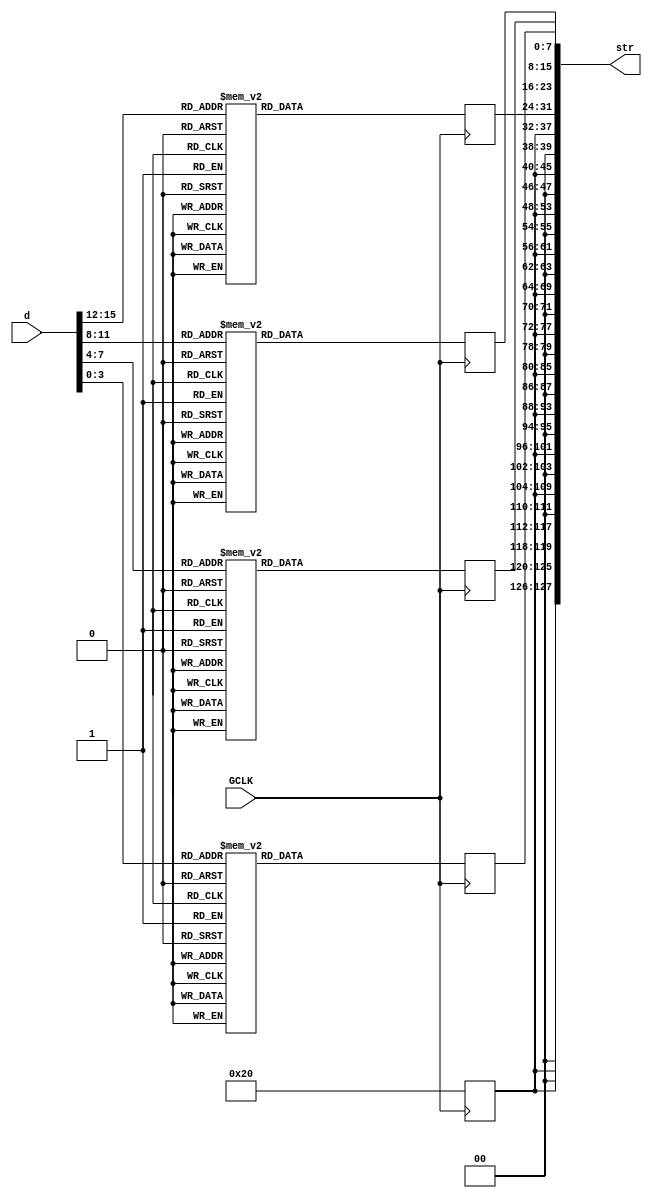
module D2STR_D#
    (
    parameter integer len = 4 
    )
    (
        input wire GCLK,
        output reg [127:0] str = "????????????????",
        input wire [4*len-1:0] d
    );
    genvar i;
    generate
    for (i = 0; i < len; i = i + 1) begin: test
        always @(posedge GCLK) begin
            case (d[4*i+3:4*i])
            4'd0: str[8*i+7:8*i] <= "0";
            4'd1: str[8*i+7:8*i] <= "1";
            4'd2: str[8*i+7:8*i] <= "2";
            4'd3: str[8*i+7:8*i] <= "3";
            4'd4: str[8*i+7:8*i] <= "4";
            4'd5: str[8*i+7:8*i] <= "5";
            4'd6: str[8*i+7:8*i] <= "6";
            4'd7: str[8*i+7:8*i] <= "7";
            4'd8: str[8*i+7:8*i] <= "8";
            4'd9: str[8*i+7:8*i] <= "9";
            4'd10: str[8*i+7:8*i] <= " ";
            4'd11: str[8*i+7:8*i] <= " ";
            4'd12: str[8*i+7:8*i] <= " ";
            4'd13: str[8*i+7:8*i] <= " ";
            4'd14: str[8*i+7:8*i] <= " ";
            4'd15: str[8*i+7:8*i] <= "-";
            default: str[8*i+7:8*i] <= " ";
            endcase            
        end
    end
    for (i = len; i < 16; i = i + 1) begin
        always @(posedge GCLK) begin
            str[8*i+7:8*i] <= " ";
        end
    end
    endgenerate
endmodule